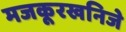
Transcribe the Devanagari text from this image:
मजकूरखनिजे